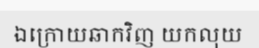
ឯក្រោយឆាកវិញ យកលុយ